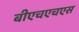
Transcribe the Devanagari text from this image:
बीएचएचएस